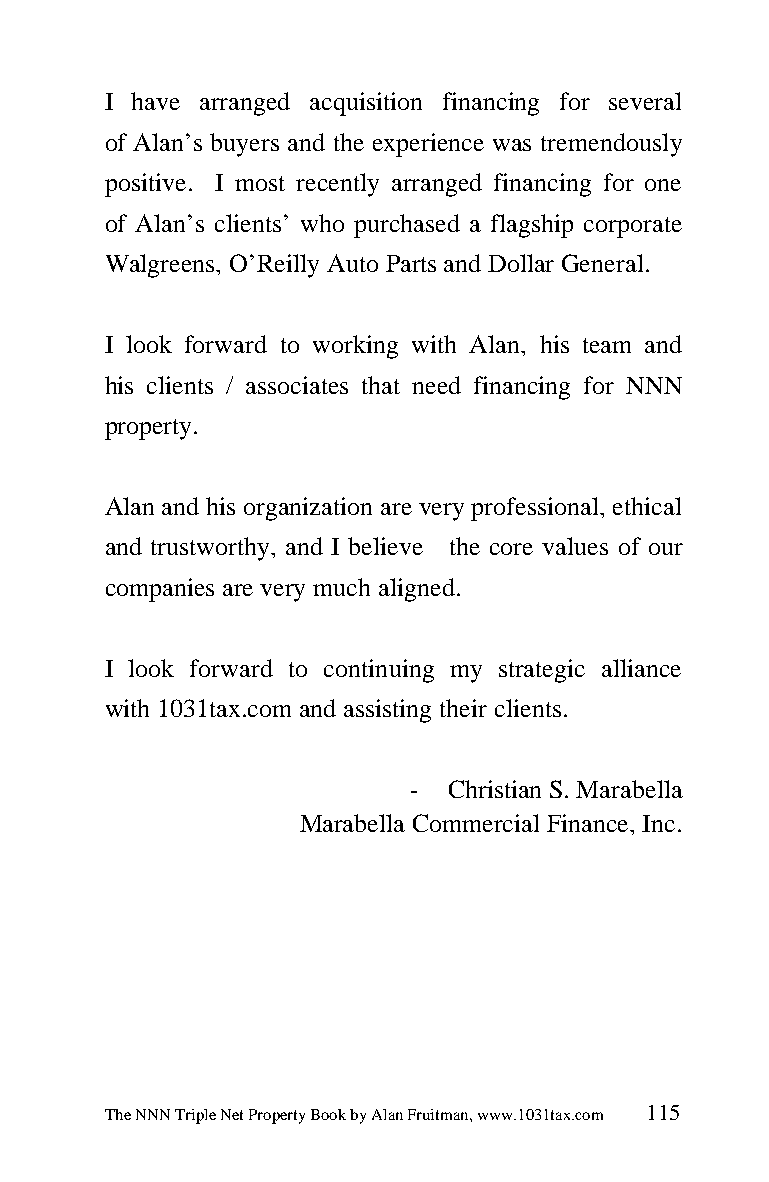
I have arranged acquisition financing for several
 of Alan’s buyers and the experience was tremendously
 positive. I most recently arranged financing for one
 of Alan’s clients’ who purchased a flagship corporate
 Walgreens, O’Reilly Auto Parts and Dollar General.
 I look forward to working with Alan, his team and
 his clients / associates that need financing for NNN
 property.
 Alan and his organization are very professional, ethical
 and trustworthy, and I believe the core values of our
 companies are very much aligned.
 I look forward to continuing my strategic alliance
 with 1031tax.com and assisting their clients.
 -  Christian S. Marabella
 Marabella Commercial Finance, Inc.
 The NNN Triple Net Property Book by Alan Fruitman, www.1031tax.com 115